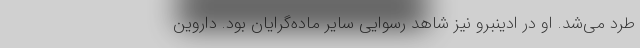
طرد می‌شد. او در ادینبرو نیز شاهد رسوایی سایر ماده‌گرایان بود. داروین